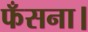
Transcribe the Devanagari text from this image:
फँसना।